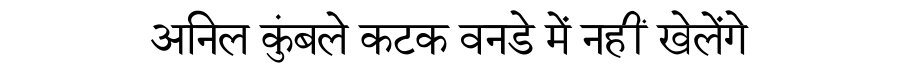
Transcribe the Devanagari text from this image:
अनिल कुंबले कटक वनडे में नहीं खेलेंगे